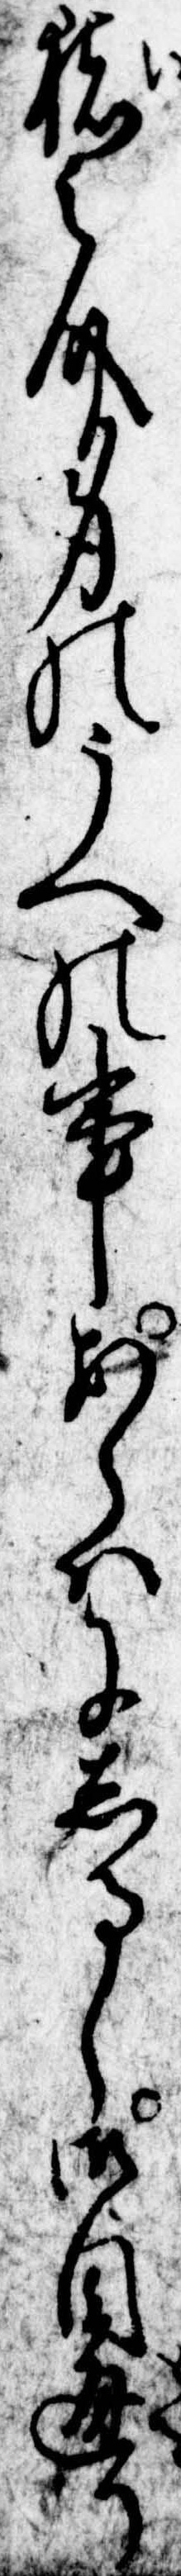
猪之介身のうへの事あらはにしるし御目通り